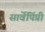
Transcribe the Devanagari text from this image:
सार्वेपिंप्री